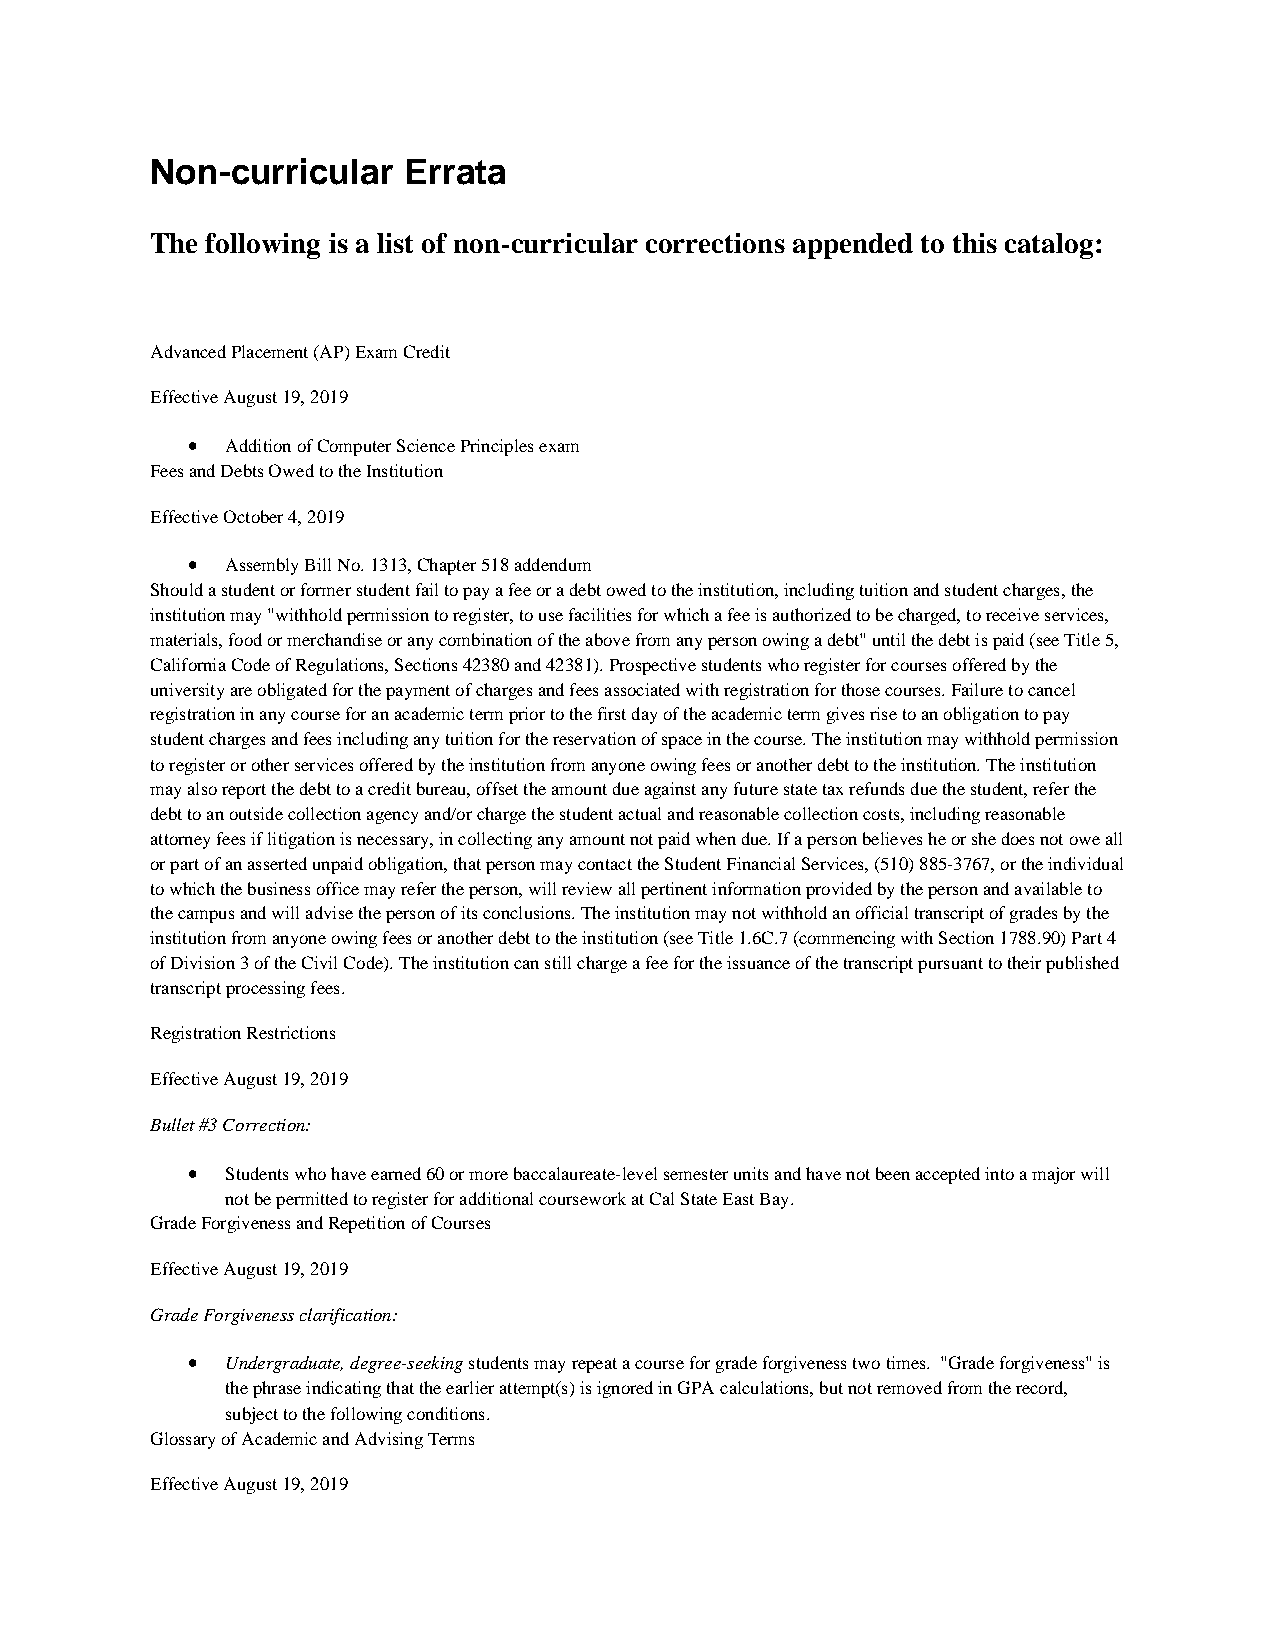
Non-curricular   Errata
 The following is a list of non-curricular corrections appended to this catalog:
 Advanced Placement (AP) Exam Credit
 Effective August 19, 2019
 •  Addition of Computer Science Principles exam
 Fees and Debts Owed to the Institution
 Effective October 4, 2019
 •  Assembly Bill No. 1313, Chapter 518 addendum
 Should a student or former student fail to pay a fee or a debt owed to the institution, including tuition and student charges, the
 institution may "withhold permission to register, to use facilities for which a fee is authorized to be charged, to receive services,
 materials, food or merchandise or any combination of the above from any person owing a debt" until the debt is paid (see Title 5,
 California Code of Regulations, Sections 42380 and 42381). Prospective students who register for courses offered by the
 university are obligated for the payment of charges and fees associated with registration for those courses. Failure to cancel
 registration in any course for an academic term prior to the first day of the academic term gives rise to an obligation to pay
 student charges and fees including any tuition for the reservation of space in the course. The institution may withhold permission
 to register or other services offered by the institution from anyone owing fees or another debt to the institution. The institution
 may also report the debt to a credit bureau, offset the amount due against any future state tax refunds due the student, refer the
 debt to an outside collection agency and/or charge the student actual and reasonable collection costs, including reasonable
 attorney fees if litigation is necessary, in collecting any amount not paid when due. If a person believes he or she does not owe all
 or part of an asserted unpaid obligation, that person may contact the Student Financial Services, (510) 885-3767, or the individual
 to which the business office may refer the person, will review all pertinent information provided by the person and available to
 the campus and will advise the person of its conclusions. The institution may not withhold an official transcript of grades by the
 institution from anyone owing fees or another debt to the institution (see Title 1.6C.7 (commencing with Section 1788.90) Part 4
 of Division 3 of the Civil Code). The institution can still charge a fee for the issuance of the transcript pursuant to their published
 transcript processing fees.
 Registration Restrictions
 Effective August 19, 2019
 Bullet #3 Correction:
 •  Students who have earned 60 or more baccalaureate-level semester units and have not been accepted into a major will
 not be permitted to register for additional coursework at Cal State East Bay.
 Grade Forgiveness and Repetition of Courses
 Effective August 19, 2019
 Grade Forgiveness clarification:
 •  Undergraduate, degree-seeking students may repeat a course for grade forgiveness two times. "Grade forgiveness" is
 the phrase indicating that the earlier attempt(s) is ignored in GPA calculations, but not removed from the record,
 subject to the following conditions.
 Glossary of Academic and Advising Terms
 Effective August 19, 2019